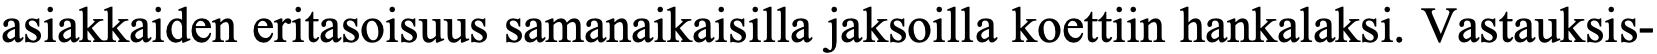
asiakkaiden eritasoisuus samanaikaisilla jaksoilla koettiin hankalaksi. Vastauksis-